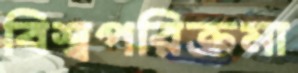
বিশ্বপরিক্রমা